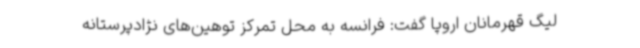
لیگ قهرمانان اروپا گفت: فرانسه به محل تمرکز توهین‌های نژادپرستانه